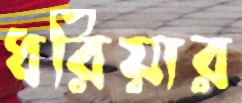
ধরিয়ার